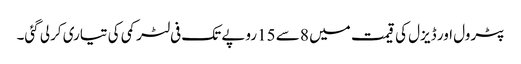
پٹرول اور ڈیزل کی قیمت میں 8 سے 15روپے تک فی لٹر کمی کی تیاری کرلی گئی۔